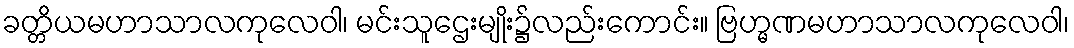
ခတ္တိယမဟာသာလကုလေဝါ၊ မင်းသူဌေးမျိုး၌လည်းကောင်း။ ဗြဟ္မဏမဟာသာလကုလေဝါ၊